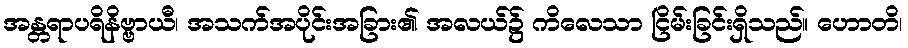
အန္တရာပရိနိဗ္ဗာယီ၊ အသက်အပိုင်းအခြား၏ အလယ်၌ ကိလေသာ ငြိမ်းခြင်းရှိသည်။ ဟောတိ၊